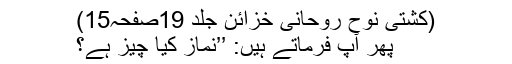
(کشتی نوح روحانی خزائن جلد 19صفحہ15)
پھر آپ فرماتے ہیں: ’’نماز کیا چیز ہے؟